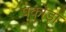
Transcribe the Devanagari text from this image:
पकोड़ा़